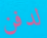
لدفن